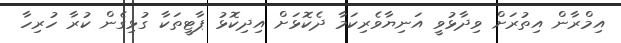
އިމްރާން އިތުރަށް ވިދާޅުވީ އަނިޔާވެރިކަމާ ދެކޮޅަށް އިދިކޮޅު ޕާޓީތަކާ ގުޅިގެން ކުރާ ހުރިހާ